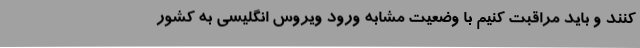
کنند و باید مراقبت کنیم با وضعیت مشابه ورود ویروس انگلیسی به کشور